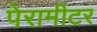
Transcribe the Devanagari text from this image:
पेरामीटर